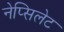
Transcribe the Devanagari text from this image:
नेप्सिलेट